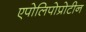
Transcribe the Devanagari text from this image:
एपोलिपोप्रोटीन